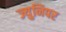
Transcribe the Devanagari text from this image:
ज्युनिपर